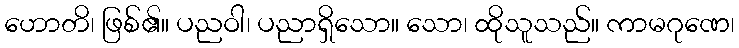
ဟောတိ၊ ဖြစ်၏။ ပညဝါ၊ ပညာရှိသော။ သော၊ ထိုသူသည်။ ကာမဂုဏေ၊